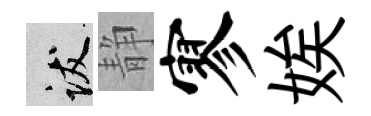
跋静寥娭